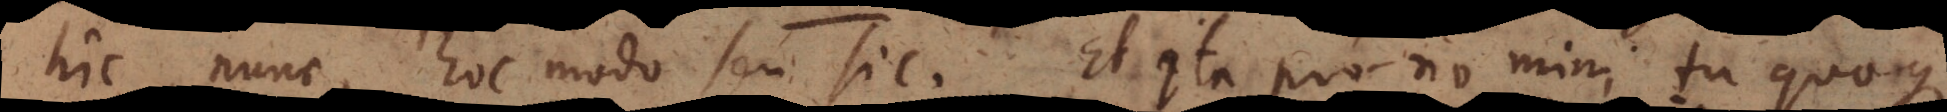
hic, nunc, hoc modo seu sic. Et ita pronomini tu quoque